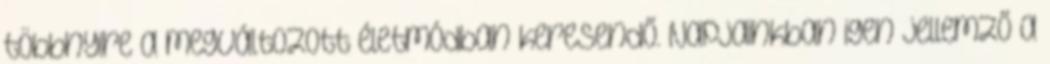
többnyire a megváltozott életmódban keresendő. Napjainkban igen jellemző a